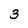
Character: 3